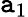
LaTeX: \mathtt{a}_{1}